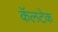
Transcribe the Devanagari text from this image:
कॅलटेक